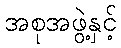
အစုအဖွဲ့နှင့်